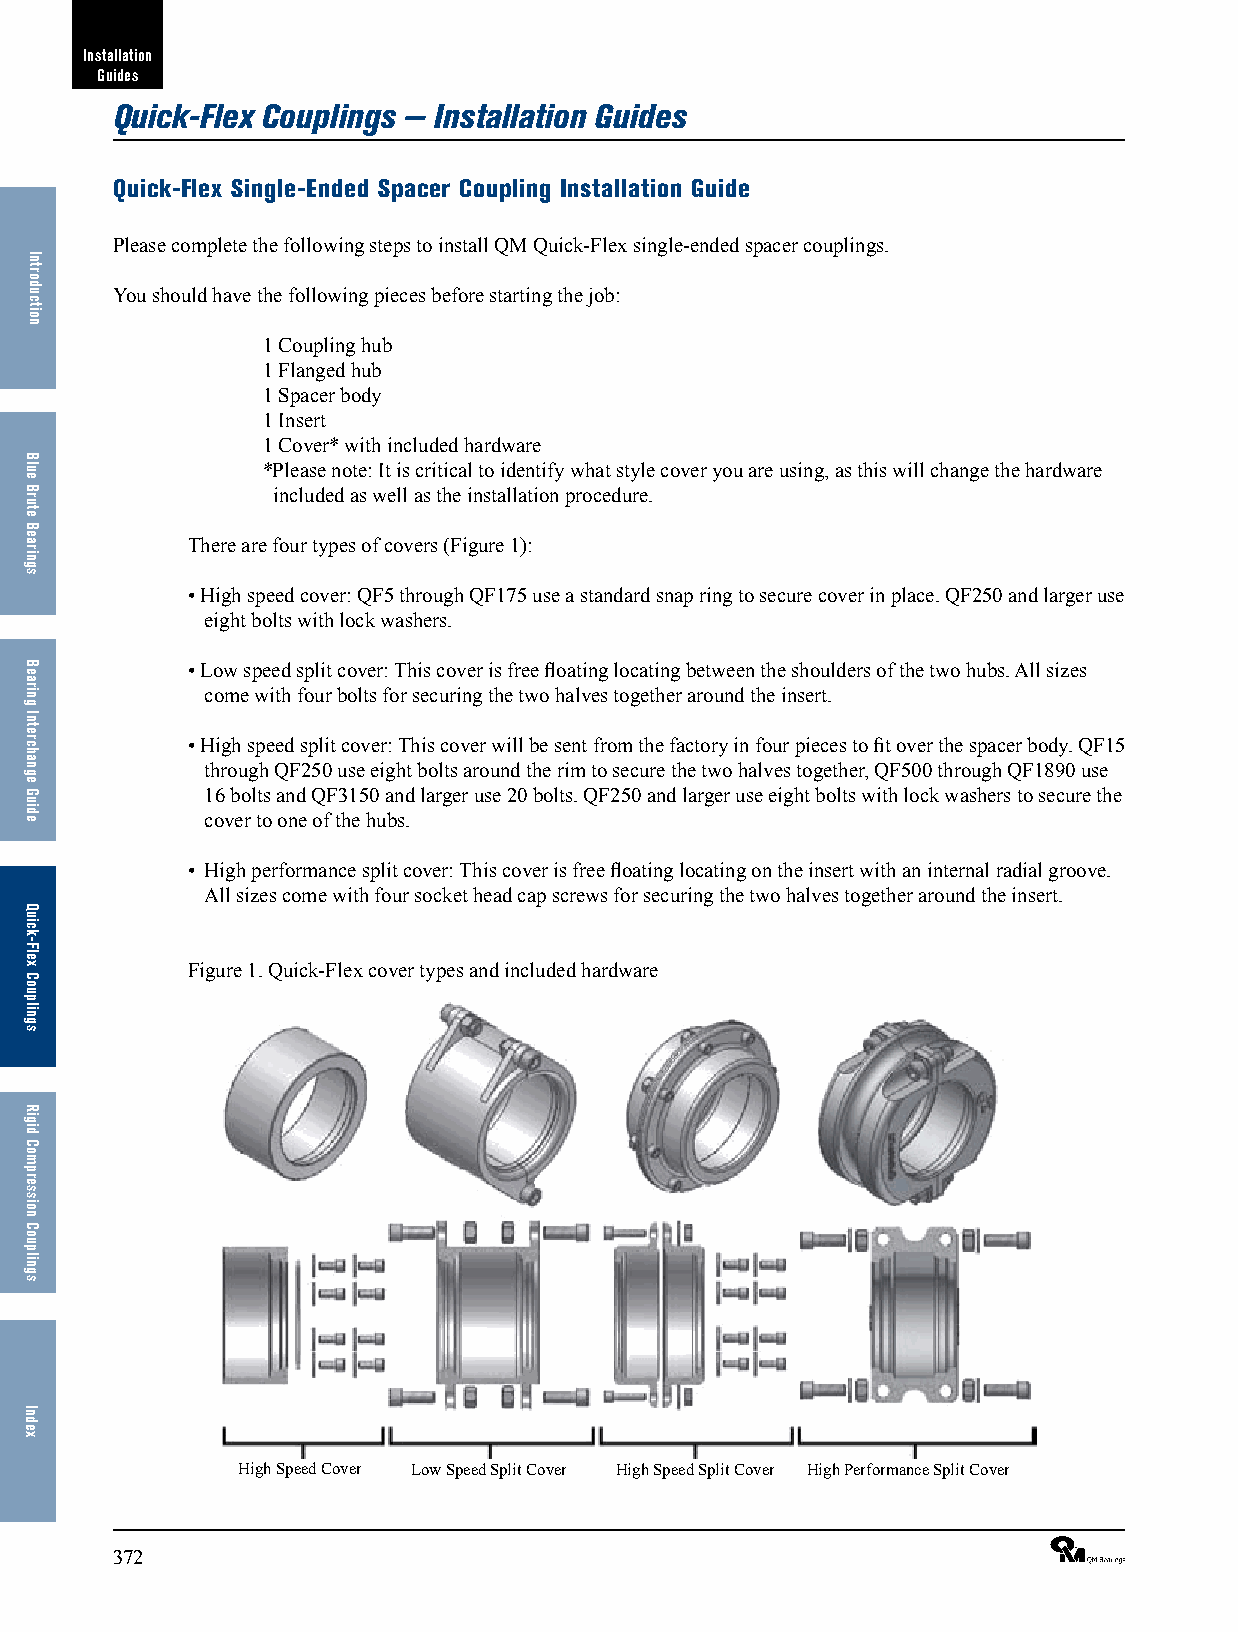
Installation
 Guides
 Quick-Flex Couplings — Installation Guides
 Quick-Flex Single-Ended Spacer Coupling Installation Guide
 Please complete the following steps to install QM Quick-Flex single-ended spacer couplings.
 You should have the following pieces before starting the job:
 1 Coupling hub
 1 Flanged hub
 1 Spacer body
 1 Insert
 1 Cover* with included hardware
 *Please note: It is critical to identify what style cover you are using, as this will change the hardware
 included as well as the installation procedure.
 There are four types of covers (Figure 1):
 • High speed cover: QF5 through QF175 use a standard snap ring to secure cover in place. QF250 and larger use
 eight bolts with lock washers.
 • Low speed split cover: This cover is free floating locating between the shoulders of the two hubs. All sizes
 come with four bolts for securing the two halves together around the insert.
 • High speed split cover: This cover will be sent from the factory in four pieces to fit over the spacer body. QF15
 through QF250 use eight bolts around the rim to secure the two halves together, QF500 through QF1890 use
 16 bolts and QF3150 and larger use 20 bolts. QF250 and larger use eight bolts with lock washers to secure the
 cover to one of the hubs.
 • High performance split cover: This cover is free floating locating on the insert with an internal radial groove.
 All sizes come with four socket head cap screws for securing the two halves together around the insert.
 Figure 1. Quick-Flex cover types and included hardware
 High Speed Cover Low Speed Split Cover High Speed Split Cover High Performance Split Cover
 372                                                             ®
 Introduction
 Blue
 Brute
 Bearings
 Bearing
 Interchange
 Guide
 Quick-Flex
 Couplings
 Rigid
 Compression
 Couplings
 Index